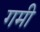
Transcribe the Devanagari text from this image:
गमी